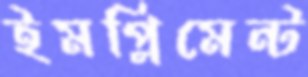
ইমপ্লিমেন্ট